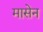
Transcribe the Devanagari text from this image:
मासेन